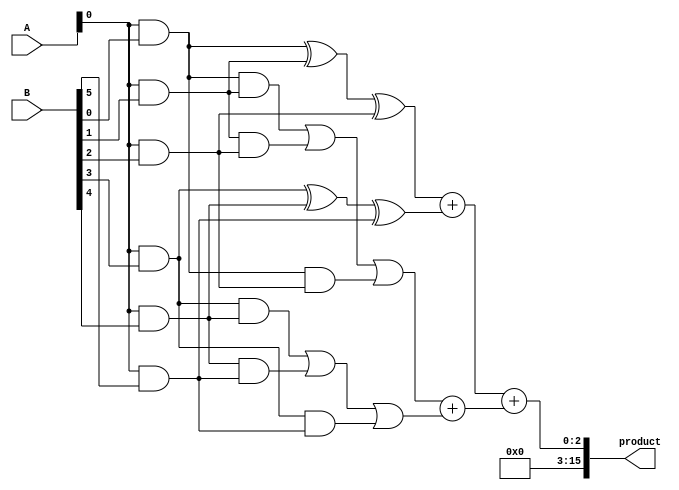
module wallace_tree_multiplier #(parameter A_WIDTH = 8, B_WIDTH = 8) (
    input [A_WIDTH-1:0] A,
    input [B_WIDTH-1:0] B,
    output reg [A_WIDTH+B_WIDTH-1:0] product
);

// Generate partial products
wire [A_WIDTH*B_WIDTH-1:0] pp; // Partial products

genvar i, j;
generate
    for (i = 0; i < A_WIDTH; i = i + 1) begin : pp_generation
        for (j = 0; j < B_WIDTH; j = j + 1) begin : pp_inner
            assign pp[i*B_WIDTH+j] = A[i] & B[j]; // Generate partial product
        end
    end
endgenerate

// Wallace Tree Reduction
wire [A_WIDTH*B_WIDTH/3:0] sum; // Sums from CSAs
wire [A_WIDTH*B_WIDTH/3:0] carry; // Carries from CSAs

// Carry-save adder instantiation
genvar k;
generate
    for (k = 0; k < (A_WIDTH * B_WIDTH) / 3; k = k + 1) begin : csas
        if (k*3 + 2 < A_WIDTH * B_WIDTH) begin
            // Three inputs for CSA
            wire [2:0] inputs = {pp[k*3 + 2], pp[k*3 + 1], pp[k*3]};
            // CSA logic
            assign sum[k] = inputs[0] ^ inputs[1] ^ inputs[2]; // Sum
            assign carry[k] = (inputs[0] & inputs[1]) | (inputs[1] & inputs[2]) | (inputs[0] & inputs[2]); // Carry
        end
    end
endgenerate

// Final addition
wire [A_WIDTH+B_WIDTH-1:0] final_sum;
wire [A_WIDTH+B_WIDTH-1:0] final_carry;

// Combine the last sums and carries
assign final_sum = sum[0] + sum[1]; // Add the last two sums
assign final_carry = carry[0] + carry[1]; // Add the last two carries

// Final product computation
always @(*) begin
    product = final_sum + final_carry; // Final product
end

endmodule